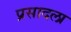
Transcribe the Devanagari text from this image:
प्रसादला